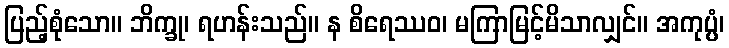
ပြည့်စုံသော။ ဘိက္ခု၊ ရဟန်းသည်။ န စိရေဿဝ၊ မကြာမြင့်မိသာလျှင်။ အကုပ္ပံ၊